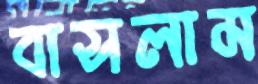
বাসলাম